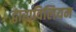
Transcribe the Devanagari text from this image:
द्वाराविलियम